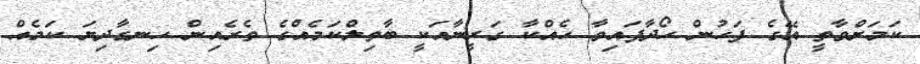
ކަމަށްވާތީ އޭގެ ފަހުން ހޯދާފައިވާ ހެއްކާ ގަރީނާއަކީ ބާތިލްކަމެއްގެ ތެރެއިން ހިނގާދިޔަ ކަމެއް